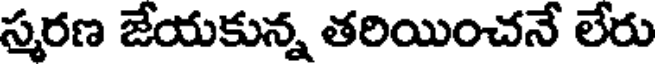
స్మరణ జేయకున్న తరియించనే లేరు